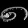
Digit: ၈